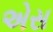
એસ